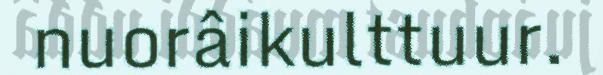
nuorâikulttuur.